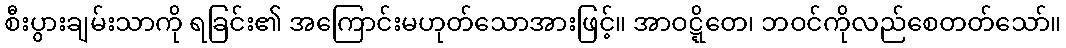
စီးပွားချမ်းသာကို ရခြင်း၏ အကြောင်းမဟုတ်သောအားဖြင့်။ အာဝဋ္ဋိတေ၊ ဘဝင်ကိုလည်စေတတ်သော်။